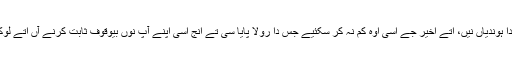
ایس توں بوہتیاں گنجھلاں پیدا ہوندیاں نیں، اتے اخیر جے اسی اوہ کم نہ کر سکئیے جس دا رولا پایا سی تے انج اسی اپنے آپ نوں بیوقوف ثابت کرنے آں اتے لوکاں دا وشواس کھو دینے آں۔